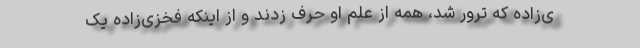
ی‌زاده که ترور شد، همه از علم او حرف زدند و از اینکه فخزی‌‌زاده یک